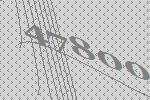
47800